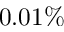
0 . 0 1 \%